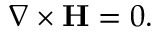
\nabla \times \mathbf { H } = 0 .